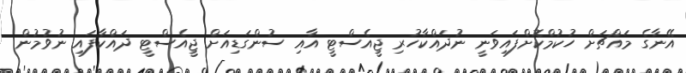
އޭނާގެ މައްޗަށް ހުކުމްކޮށްފައިވަނީ ނުދައްކާހުރި ޖީއެސްޓީ އާއި ސުންގަޑިއަށް ޖީއެސްޓީ ދައްކާފައި ނުވުމުން